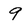
Character: 9